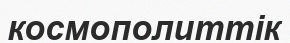
космополиттік